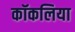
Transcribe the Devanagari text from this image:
कॉकलिया